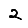
Digit: 2